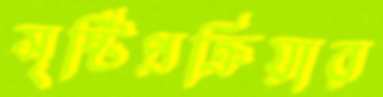
সৃষ্টিপ্রক্রিয়ার